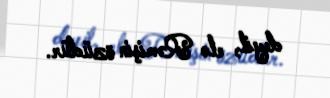
deyil, elə Rəmişin özüdür.